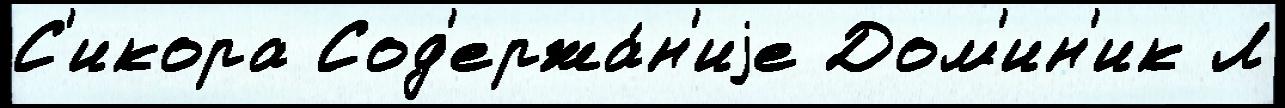
С'икора Сод'ержа́н'иjе Дом'ин'ик Л